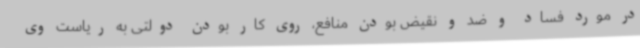
در مورد فساد و ضد و نقیض بودن منافع، روی کار بودن دولتی به ریاست وی